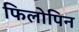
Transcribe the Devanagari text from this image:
फिलोपिन